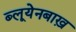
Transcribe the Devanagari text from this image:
ब्लूयेनबाख़